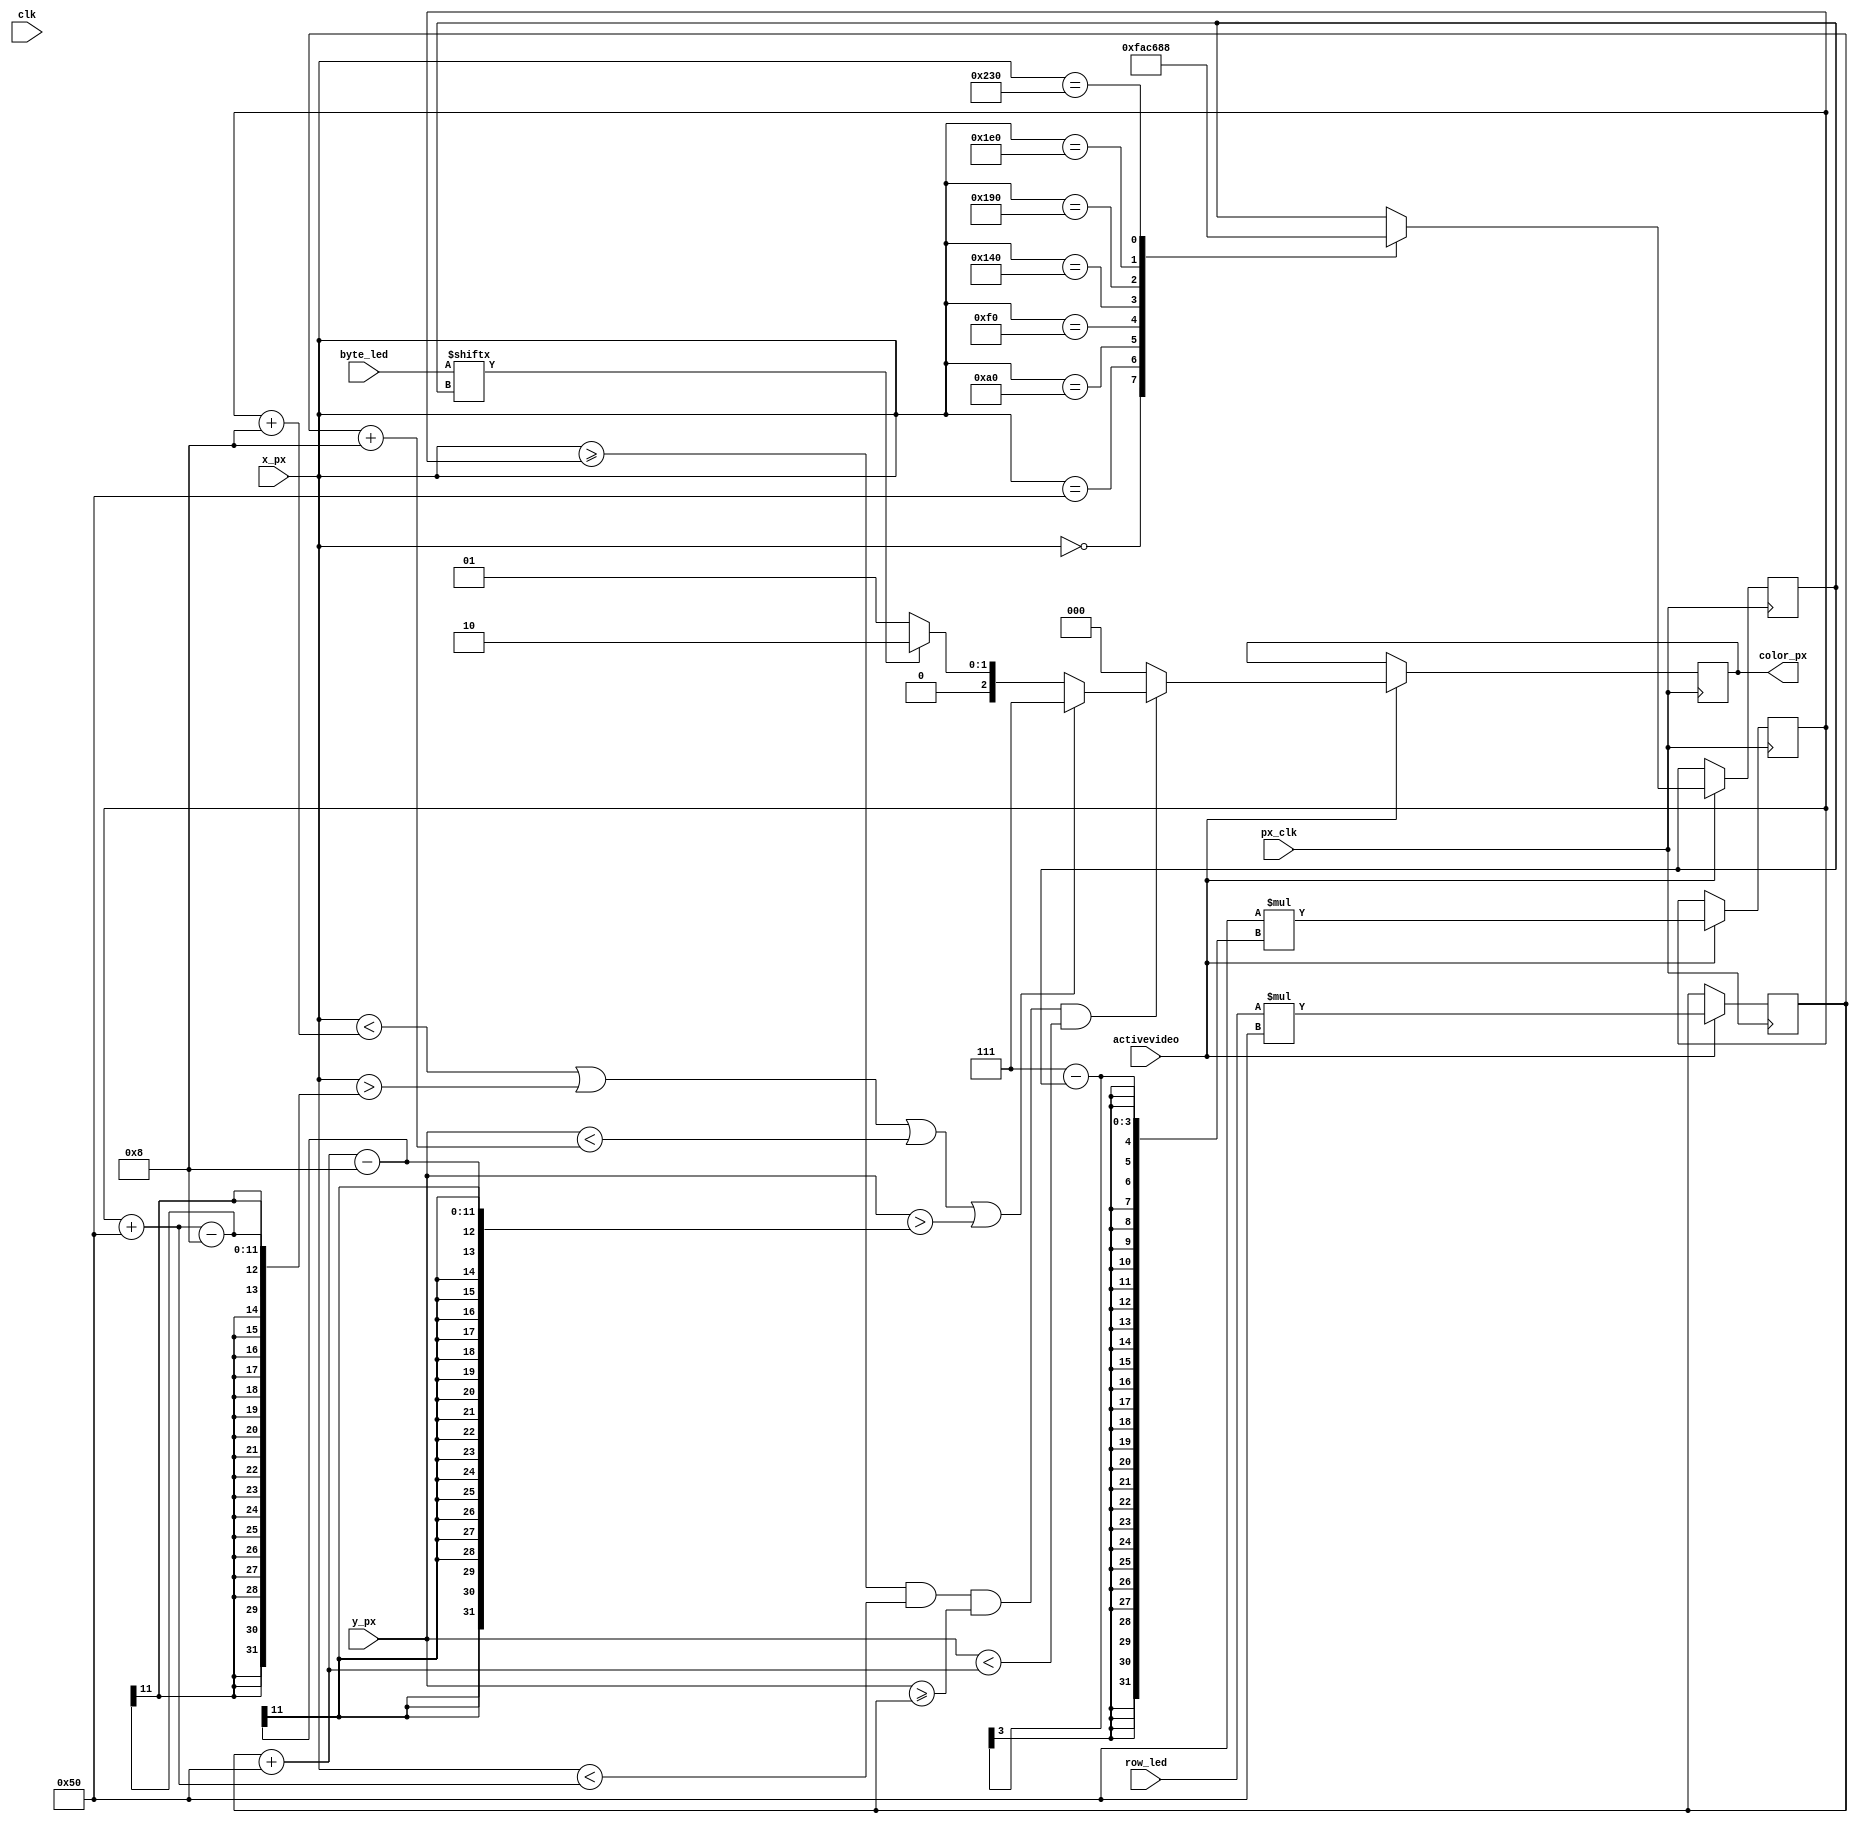
//////////////////////////////////////////////////////////////////////////////////
// Company: Ridotech
// 
// Module Name: leds
// Description: Show a byte as an array of LEDs in VGA monitor.
//
// Dependencies:
//
// Revision: 
// Revision 0.01 - File Created
//
// Additional Comments: 
//
//////////////////////////////////////////////////////////////////////////////////
module leds (
                input wire        clk,         // System clock.
                input wire [9:0]  x_px,        // X position actual pixel.
                input wire [9:0]  y_px,        // Y position actual pixel.
                input wire        activevideo, // Active video.
                input wire        px_clk,      // Pixel clock.
                input wire [7:0]  byte_led,    // Byte to show in monitor.
                input wire [2:0]  row_led,     // Row to show byte.          
                output reg [2:0]  color_px     // Actual pixel color.
                //output reg        busy,      // Module busy drawing a byte.
                //output reg        irq        // End of a draw byte.
                );
    
    // Some colors.
    parameter [2:0] black = 3'b000;
    parameter [2:0] blue  = 3'b001;
    parameter [2:0] green = 3'b010;
    parameter [2:0] white = 3'b111;
    
    parameter border = white;
    parameter led_on = green;
    parameter led_off = blue;
    parameter background = black;

	// LED's dimensions.
    parameter width = 80;           // Width of the LED.
    parameter height = 80;          // Height of the LED.
    parameter vborder = 8;          // Vertical border.
    parameter hborder = 8;          // Horizontal border.

    // Positions and state of LEDs.
    reg [9:0] x_led;
    reg [9:0] y_led;
    reg [2:0] bit_led;
      
    // Calculate leds positions.
    // We need pixel clock from vga controller for stable visualization.
    always @(posedge px_clk)
    begin
        if (activevideo)
        begin
            // Calculate 'x_led' in screen.
            // NOTE: (7-bit_led) for a MSB to LSB, from left to right.
            x_led <= width*(7-bit_led);
            
            // Calculate 'y_led' in screen.
            y_led <= row_led*height;
            
            // Trick for assign bit in LED.
            // NOTE: Replace a "bit_led = x_px / width" operation.
            case (x_px)
                width*0:
                    bit_led <= 7;
                width*1:
                    bit_led <= 6;
                width*2:
                    bit_led <= 5;
                width*3:
                    bit_led <= 4;
                width*4:
                    bit_led <= 3;
                width*5:
                    bit_led <= 2;
                width*6:
                    bit_led <= 1;
                width*7:
                    bit_led <= 0;
            endcase
        end
    end
    
    // Drawing LEDs.
    always @(posedge px_clk)
    begin
        // Are 'x_px' and 'y_px' active?
        if (activevideo)
        begin
            // If we're inside the led, get right color. Outside get background.
            if ((x_px >= x_led) && (x_px < x_led + width) && (y_px >= y_led) && (y_px < y_led + height))   
            begin
                // If we're on border, color border, else... color LED's state.
                if ((x_px < x_led + hborder) || (x_px > x_led + width - hborder ) || (y_px < y_led + vborder) || (y_px > y_led + height - vborder))
                    color_px = border;
                else
                begin
                    if (byte_led[bit_led])
                        color_px = led_on;
                    else
                        color_px = led_off;
                end
            end
            else
               color_px = background;
        end
    end
endmodule